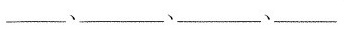
___、___、___、___